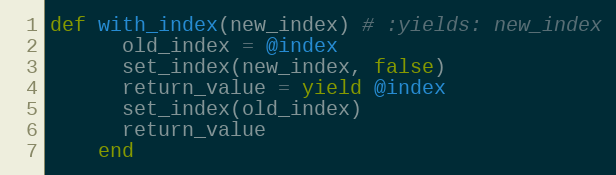
Language: Ruby
def with_index(new_index) # :yields: new_index
      old_index = @index
      set_index(new_index, false)
      return_value = yield @index
      set_index(old_index)
      return_value
    end